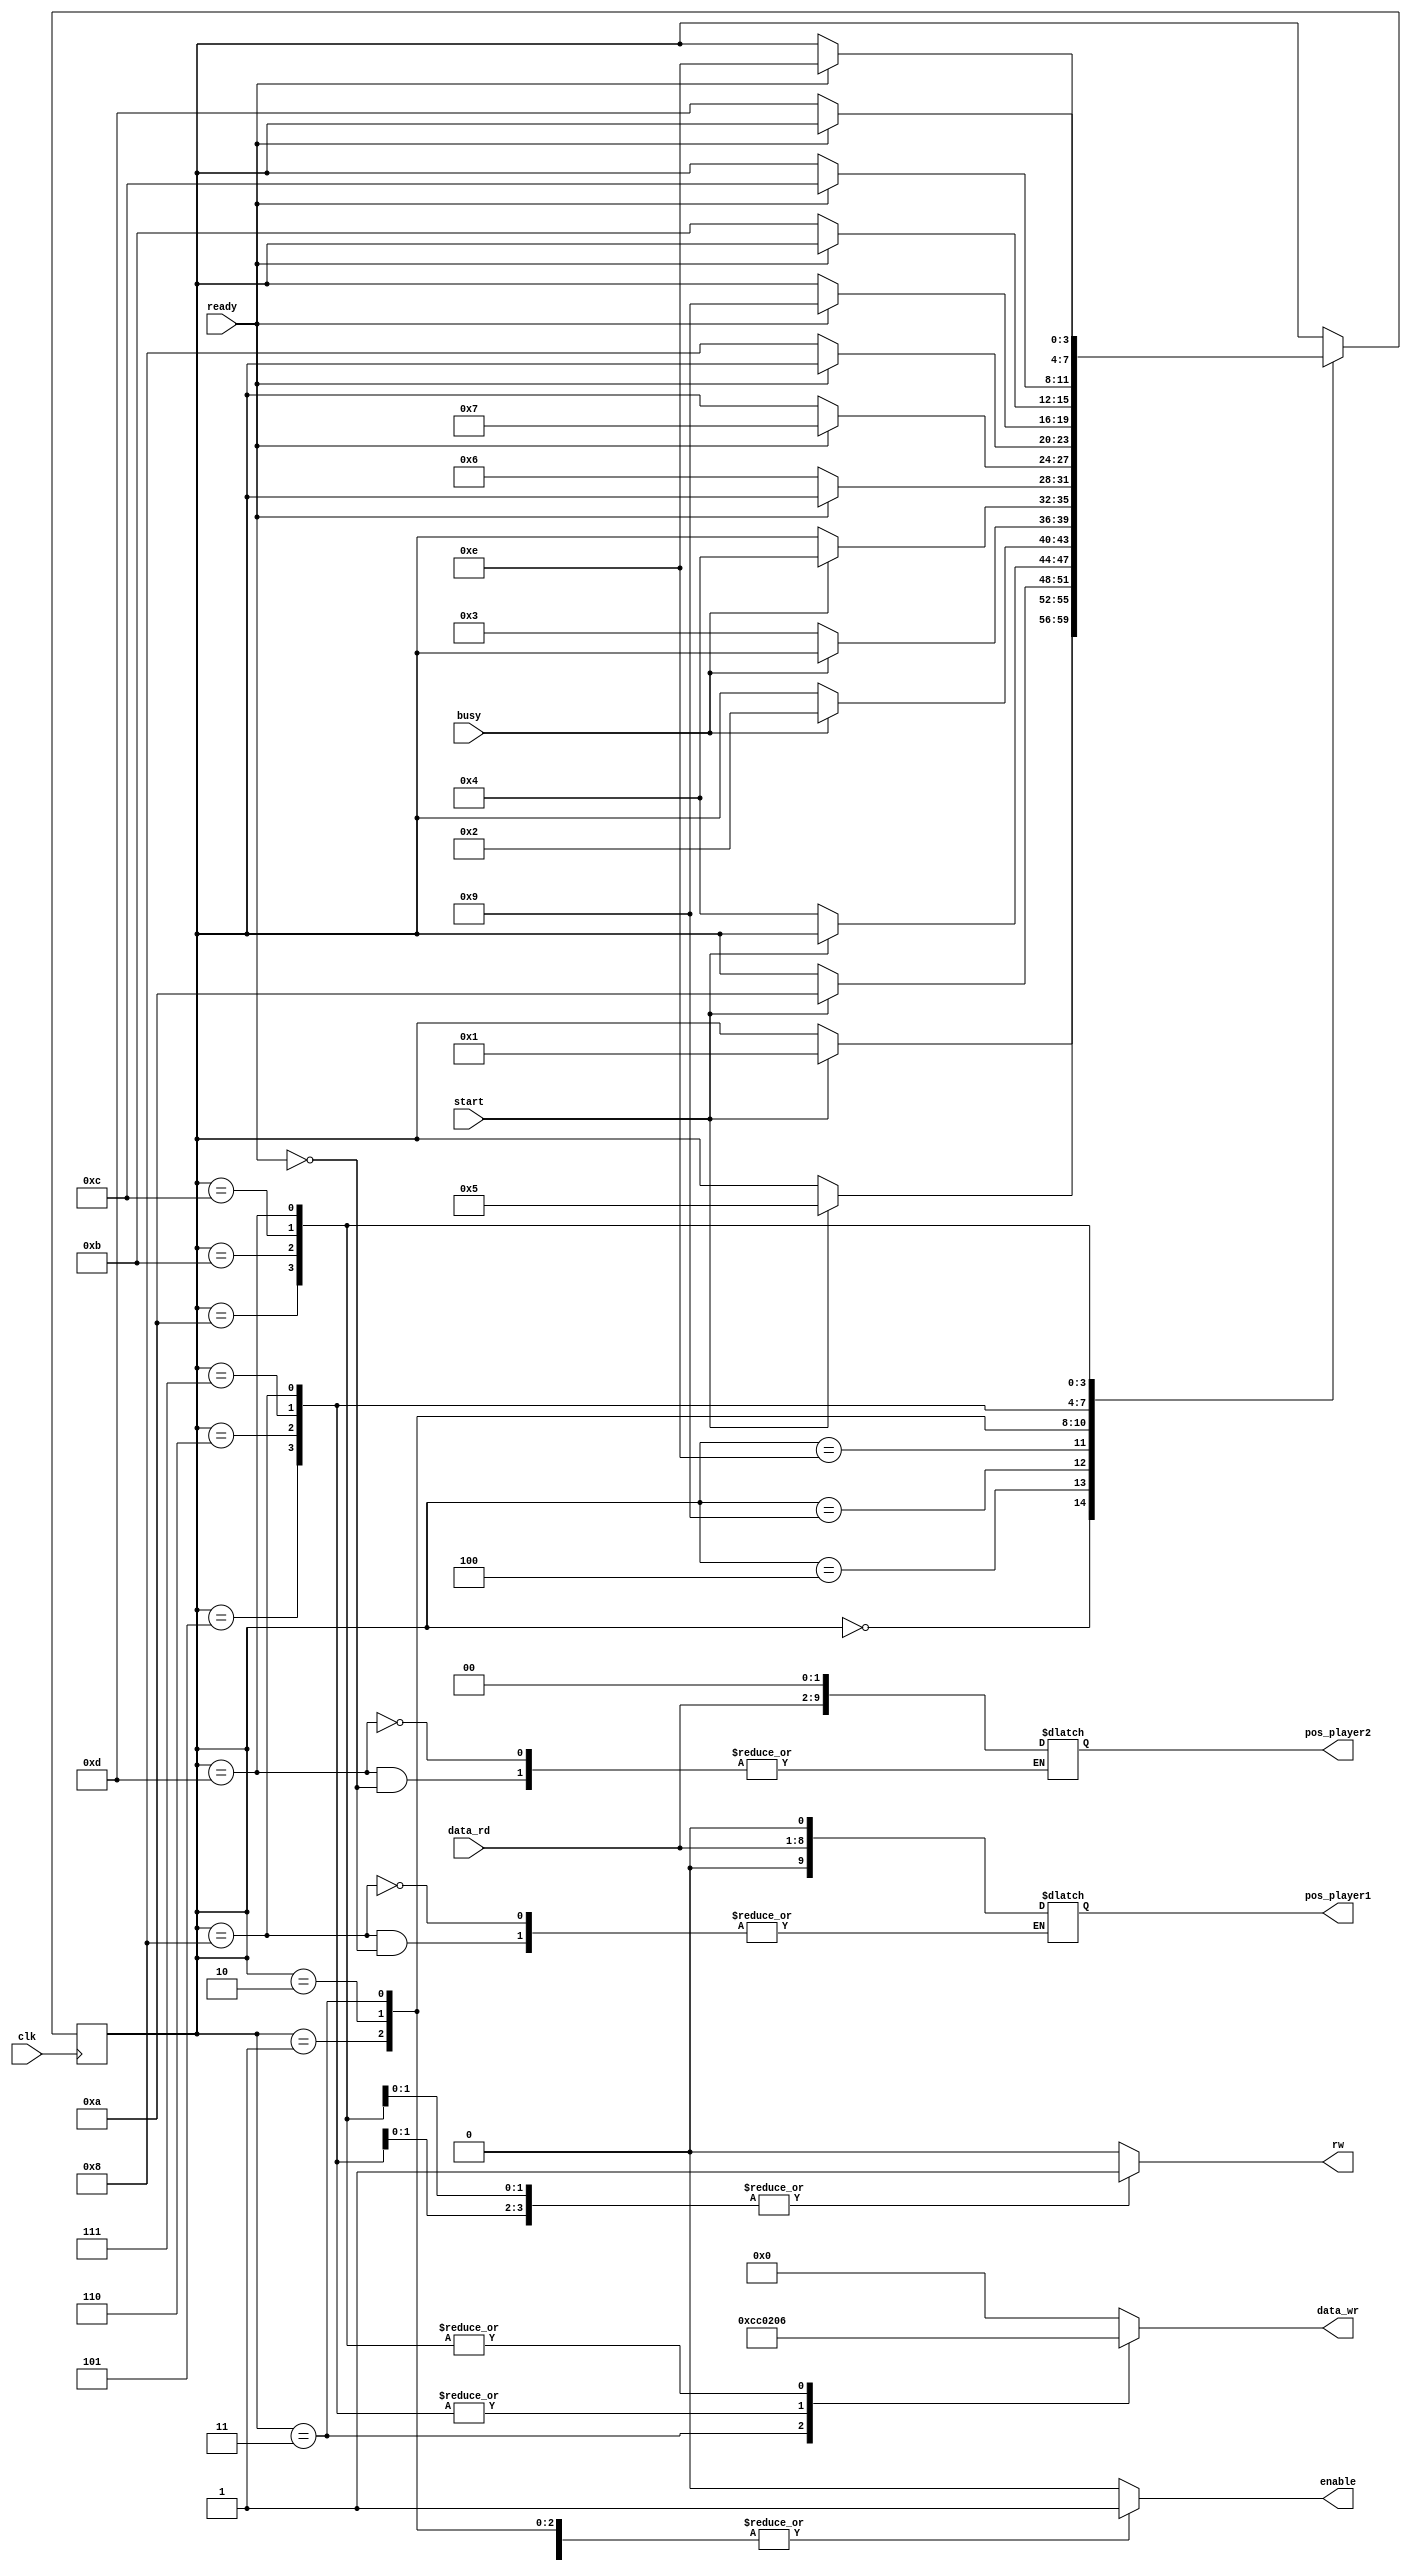
//////////////////////////////////////////////////////////////////////////////////
// Company: Ridotech
// 
// Module Name: fsm_adc
// Description: Rpida mquina de estados para leer el canal 0 y el canal 3 del
//              ADC de la iceZum Alhambra y asignar posiciones de jugadores 1 y 2.
//              http://www.ti.com/lit/ds/symlink/ads7924.pdf
//
// Dependencies: 
//
// Revision: 
// Revision 0.01 - File Created
//
// Additional Comments: 
//  * Queda por limpiar el cdigo y ver si se puede eliminar la seal de 'busy'
//    en la inicializacin usando simplemente la seal de 'ready'.
//  * Generalizar la mquina de estados para leer el resto de canales.
//  * Leer los LSB del canal y asignar a la posicin del jugador sin tener que
//    desplazar 'data_rd'. 
//
//////////////////////////////////////////////////////////////////////////////////
module fsm_adc
(
    input  wire       clk,              // System clock.
    input  wire       busy,             // Busy from I2C module.
    input  wire       ready,            // Ready new transfer.
    input  wire       start,            // New sample from ADC. 
    output reg        enable,           // Start transfer.
    input  wire [7:0] data_rd,          // Readed data.
    output reg  [7:0] data_wr,          // Writed data.
    output reg        rw,               // Read/Write (0/1) Signal.
    output reg  [9:0] pos_player1,      // Position player 1.
    output reg  [9:0] pos_player2       // Position player 2.
);

// Estados de la mquina (simplificar en un futuro).
localparam IDLE_INIT = 4'd00;
localparam WR1_INIT  = 4'd01;
localparam WR2_INIT  = 4'd02;
localparam WR3_INIT  = 4'd03;
localparam IDLE_CH0  = 4'd04;
localparam WR1_CH0   = 4'd05;
localparam WR2_CH0   = 4'd06;
localparam RD1_CH0   = 4'd07;
localparam RD2_CH0   = 4'd08;
localparam IDLE_CH3  = 4'd09;
localparam WR1_CH3   = 4'd10;
localparam WR2_CH3   = 4'd11;
localparam RD1_CH3   = 4'd12;
localparam RD2_CH3   = 4'd13;
localparam IDLE_STOP = 4'd14;

//-- fsm states
reg [3:0] state = IDLE_INIT;
reg [3:0] next_state = IDLE_INIT;

//-- Transition between states
always @(posedge clk)
    state <= next_state;
    
//-- Control signal generation and next states
always @(*) begin

  //-- Default values
  next_state = state;      //-- Stay in the same state by default
  enable = 0;
  rw = 0;
  data_wr = 8'h00;
 
 case(state)

    // Esperamos la seal para iniciar la inicializacin del ADC.
    IDLE_INIT:
    begin
        if (start)
        begin
           next_state = WR1_INIT;
        end
    end
    
    // Esperamos para comenzar la lectura del canal cero.
    IDLE_CH0:
    begin
        if (start)
        begin
           next_state = WR1_CH0;
        end
    end

    // Esperamos para comenzar la lectura del canal tres.
    IDLE_CH3:
    begin
        if (start)
        begin
           next_state = WR1_CH3;
        end
    end

    // Esperamos hasta que se desactive la seal de 'start' y evitar as relecturas.
    IDLE_STOP:
    begin
        if (~start)
        begin
            next_state = IDLE_CH0;
        end
    end
    
    // Escrituras para inicializar el modo de muestreo.
    //-- Writting 1 state
    //-- The writting phase is started
    //-- Remains in this state until busy is 1 
    WR1_INIT:
    begin
      enable = 1;
      if (busy == 1)
        next_state = WR2_INIT;
    end

    //-- Writting 2 phase: Seleccting the Reg 0x00 by writting 0x00 (default value)
    //-- Wait until busy is 0
    WR2_INIT:
    begin
      enable = 1;
      if (busy == 0)
        next_state = WR3_INIT;
    end

    //-- Writting 3 phase: Set mode control.
    //-- Wait until busy is 1.
    WR3_INIT:
    begin
      enable = 1;
      data_wr = {6'b110011,2'b00}; // Auto-scan mode and start in channel 0.
      if (busy == 1)
        next_state = IDLE_CH0;
    end

    // Escrituras y lecturas encaminadas a obtener el valor del canal 0.
    //-- Writting 1 state
    //-- The writting phase is started
    //-- Remains in this state until ready is 0 
    WR1_CH0:
    begin
      enable = 1;       // Se inicia la transferencia I2C.
      data_wr = 8'h02;  // Se escribe el registro que se desea leer (MSB channel 0).
      if (ready == 0)
        next_state = WR2_CH0;
    end

    //-- Writting 2 phase: Selecting the Reg 0x02 by writting 0x02
    //-- Wait until ready is 1
    WR2_CH0:
    begin
      data_wr = 8'h02;
      if (ready == 1)
        next_state = RD1_CH0;
    end

    //-- Reading 1: Prepare for reading the reg 0x02
    //-- Wait until ready is 0
    RD1_CH0:
    begin
      enable = 1;
      rw = 1;
      data_wr = 8'h02;
      if (ready == 0)
        next_state = RD2_CH0;
    end
    
    //-- Reading 2: Read the 0x02 register
    //-- Wait until ready is 1
    RD2_CH0:
    begin
      rw = 1;
      data_wr = 8'h02; 
      if (ready == 1)
      begin
        pos_player1 <= (data_rd << 1);   // Se lee el dato del bus I2C y
        next_state = IDLE_CH3;           // se asigna a la posicin del jugador 1.
      end
    end
    
    // Escrituras y lecturas para leer el valor del canal 3.
    //-- Writting 1 state
    //-- The writting phase is started
    //-- Remains in this state until ready is 0 
    WR1_CH3:
    begin
      enable = 1;          // Se inicia la transferencia.
      data_wr = 8'h06;     // Se escribe el registro que se desea leer (MSB channel 3)
      if (ready == 0)
        next_state = WR2_CH3;
    end

    //-- Writting 2 phase: Selecting the Reg 0x08 by writting 0x08
    //-- Wait until ready is 1
    WR2_CH3:
    begin
      data_wr = 8'h06;
      if (ready == 1)
        next_state = RD1_CH3;
    end

    //-- Reading 1: Prepare for reading the reg 0x08
    //-- Wait until ready is 0
    RD1_CH3:
    begin
      enable = 1;
      rw = 1;
      data_wr = 8'h06;
      if (ready == 0)
        next_state = RD2_CH3;
    end
    
    //-- Reading 2: Read the 0x08 register
    //-- Wait until ready is 1
    RD2_CH3:
    begin
      rw = 1;
      data_wr = 8'h06;
      if (ready == 1)
      begin
        pos_player2 <= (data_rd << 2);   // Se lee el dato del bus I2C y
        next_state = IDLE_STOP;          // se asigna el valor a la posicin del jugador 1.
      end
    end
    
    // Por si acaso... :)
    default:
    begin
      enable = 0;
      rw = 0;
    end

  endcase 
end

endmodule